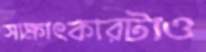
সাক্ষাৎকারটাও